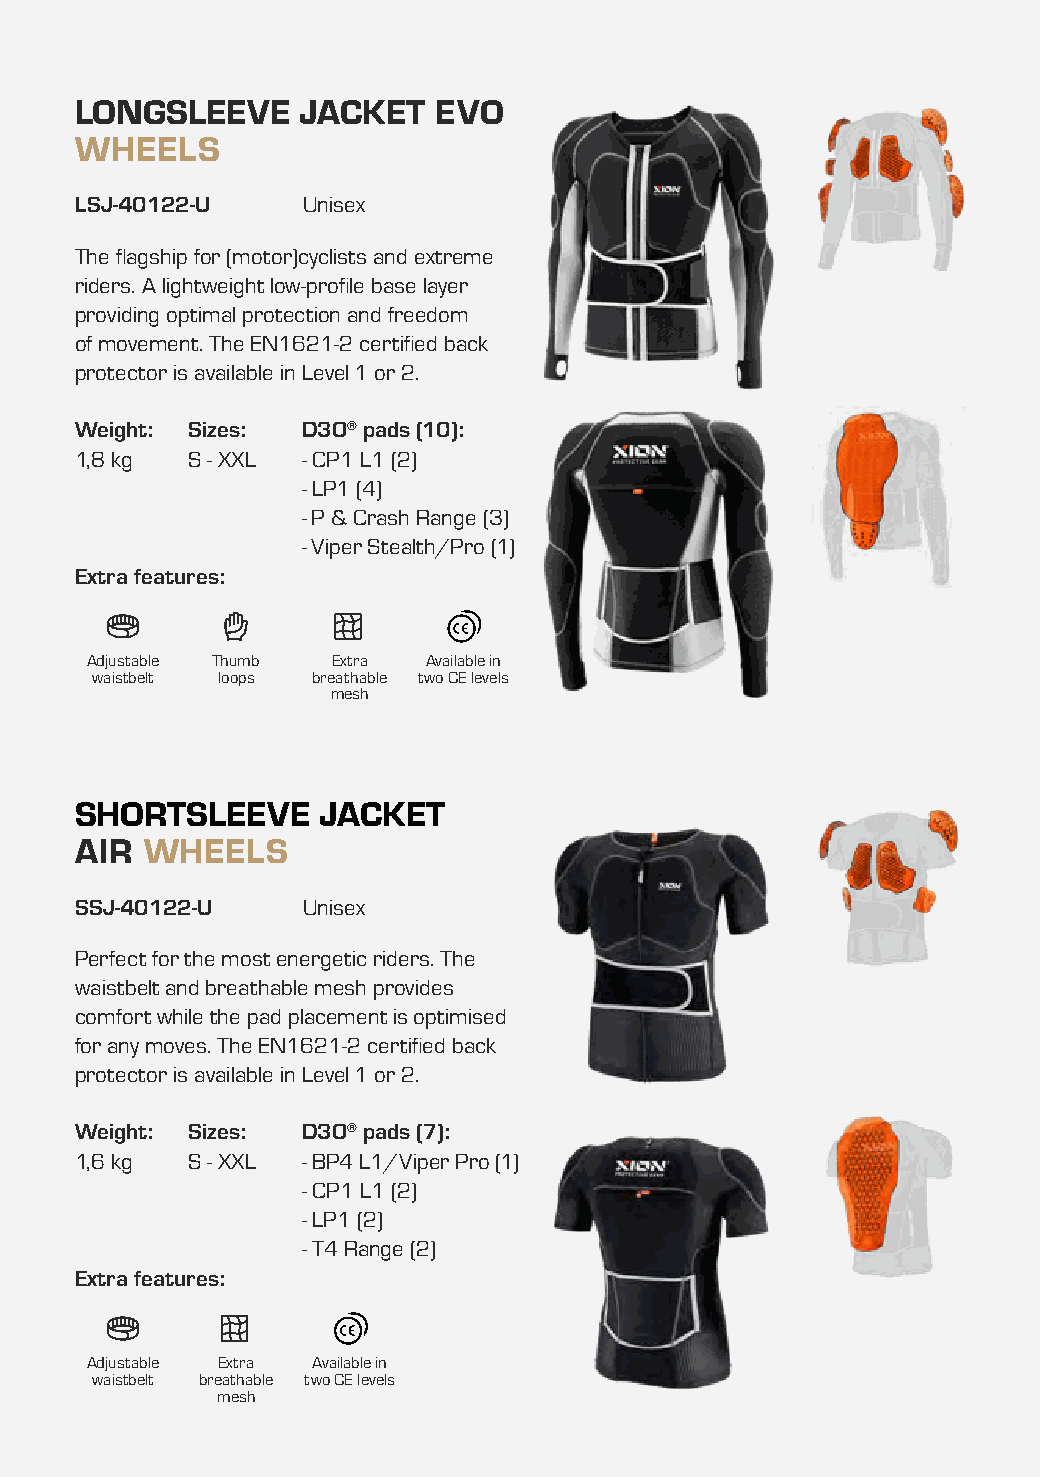
LONGSLEEVE     JACKET   EVO
 WHEELS
 LSJ-40122-U    Unisex
 The flagship for (motor)cyclists and extreme
 riders. A lightweight low-profile base layer
 providing optimal protection and freedom
 of movement. The EN1621-2 certified back
 protector is available in Level 1 or 2.
 Weight: Sizes: D3O® pads (10):
 1,8 kg S - XXL - CP1 L1 (2)
 - LP1 (4)
 - P & Crash Range (3)
 - Viper Stealth/Pro (1)
 Extra features:
 Adjustable Thumb Extra Available in
 waistbelt loops breathable two CE levels
 mesh
 SHORTSLEEVE     JACKET
 AIR WHEELS
 SSJ-40122-U    Unisex
 Perfect for the most energetic riders. The
 waistbelt and breathable mesh provides
 comfort while the pad placement is optimised
 for any moves. The EN1621-2 certified back
 protector is available in Level 1 or 2.
 Weight: Sizes: D3O® pads (7):
 1,6 kg S - XXL - BP4 L1/Viper Pro (1)
 - CP1 L1 (2)
 - LP1 (2)
 - T4 Range (2)
 Extra features:
 Adjustable Extra Available in
 waistbelt breathable two CE levels
 mesh